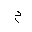
Letter: _mim